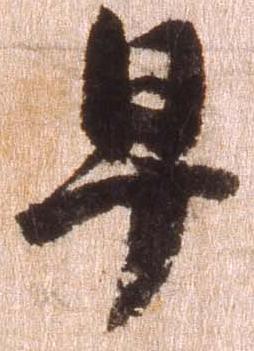
早